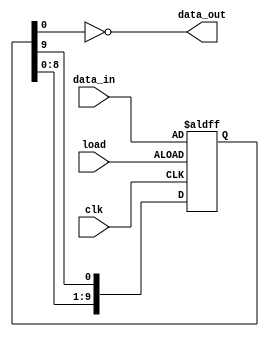

//
// A standard 10-bit circular shift register
//
module ShiftRegister (

	input  wire       clk,
	input  wire       load,
	input  wire [9:0] data_in,
	output wire       data_out
);

	reg [9:0] data;

	always @(posedge clk or posedge load) begin
		if (load)
			data <= data_in;
		else
			data <= {data[8:0], data[9]};
	end
	
	assign data_out = ~data[0];

endmodule